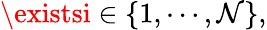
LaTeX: \existsi\in\{ 1,\cdots,\mathcal{N}\} ,